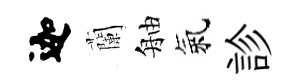
迦蘭舳氣診